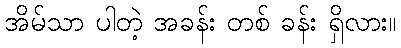
အိမ်သာ ပါတဲ့ အခန်း တစ် ခန်း ရှိလား။